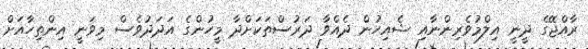
ރާއްޖޭގެ ދީނީ އިލްމުވެރިންނާއި ޝެއިހުން ދެއްވާ ދަރުސްތަކަށްދާ މީހުންގެ އަދަދުވެސް މިވަނީ އިންތިހާއަށް